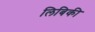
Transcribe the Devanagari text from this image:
लिबिकी